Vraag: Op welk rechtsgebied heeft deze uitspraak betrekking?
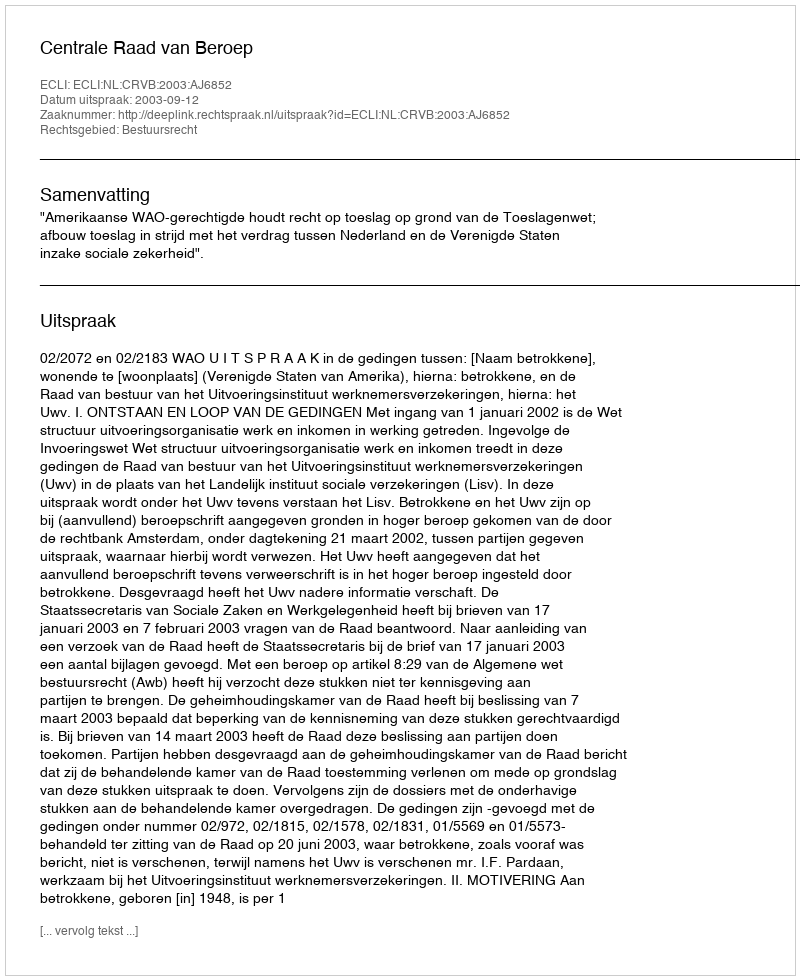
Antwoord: Bestuursrecht